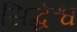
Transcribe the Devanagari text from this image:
सिद्धेश्व